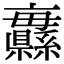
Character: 𦇨